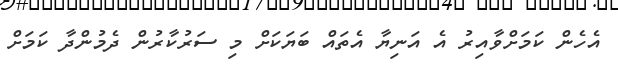
އެހެން ކަމަށްވާއިރު އެ އަނިޔާ އެތައް ބަޔަކަށް މި ސަރުކާރުން ދެމުންދާ ކަަމަށް